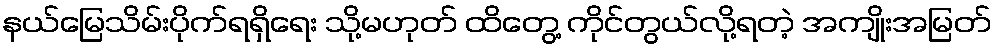
နယ်မြေသိမ်းပိုက်ရရှိရေး သို့မဟုတ် ထိတွေ့ ကိုင်တွယ်လို့ရတဲ့ အကျိုးအမြတ်